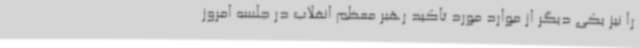
را نیز یکی دیگر از موارد مورد تاکید رهبر معظم انقلاب در جلسه امروز